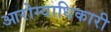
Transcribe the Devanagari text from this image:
आरोग्याधिकारी